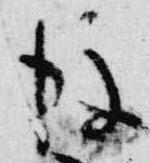
後